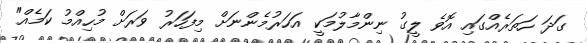
ގަދަ ހަތަރެއްގައި އޮވެ ލީގު ނިންމާލުމަކީ އަހަރުމެންނަށް މިފަހަރު ވަރަށް މުހިއްމު ކަމެއް"